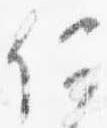
何